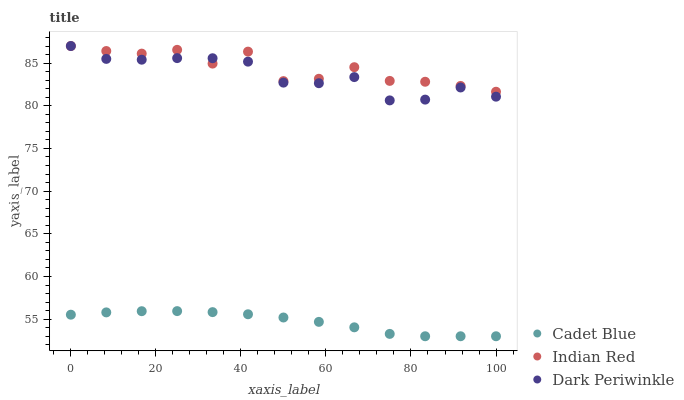
| xaxis_label | Cadet Blue | Indian Red | Dark Periwinkle |
 | --- | --- | --- | --- |
 | 0 | 55.5 | 87 | 87 |
 | 8.33 | 55.8 | 86.4 | 85.5 |
 | 16.7 | 55.9 | 86.1 | 85.4 |
 | 25 | 55.9 | 86.6 | 85.6 |
 | 33.3 | 55.8 | 84.9 | 85.6 |
 | 41.7 | 55.6 | 86.3 | 85.2 |
 | 50 | 55.2 | 82.9 | 82.7 |
 | 58.3 | 54.7 | 83.2 | 82.6 |
 | 66.7 | 54 | 84.5 | 83.4 |
 | 75 | 53.3 | 82.9 | 80.6 |
 | 83.3 | 53 | 82.8 | 80.7 |
 | 91.7 | 53 | 82.3 | 82.1 |
 | 100 | 53 | 81.6 | 81.1 |